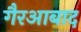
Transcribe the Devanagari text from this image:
गैरआबाद